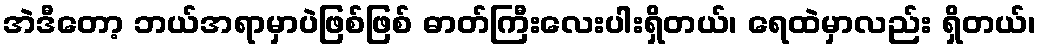
အဲဒီတော့ ဘယ်အရာမှာပဲဖြစ်ဖြစ် ဓာတ်ကြီးလေးပါးရှိတယ်၊ ရေထဲမှာလည်း ရှိတယ်၊